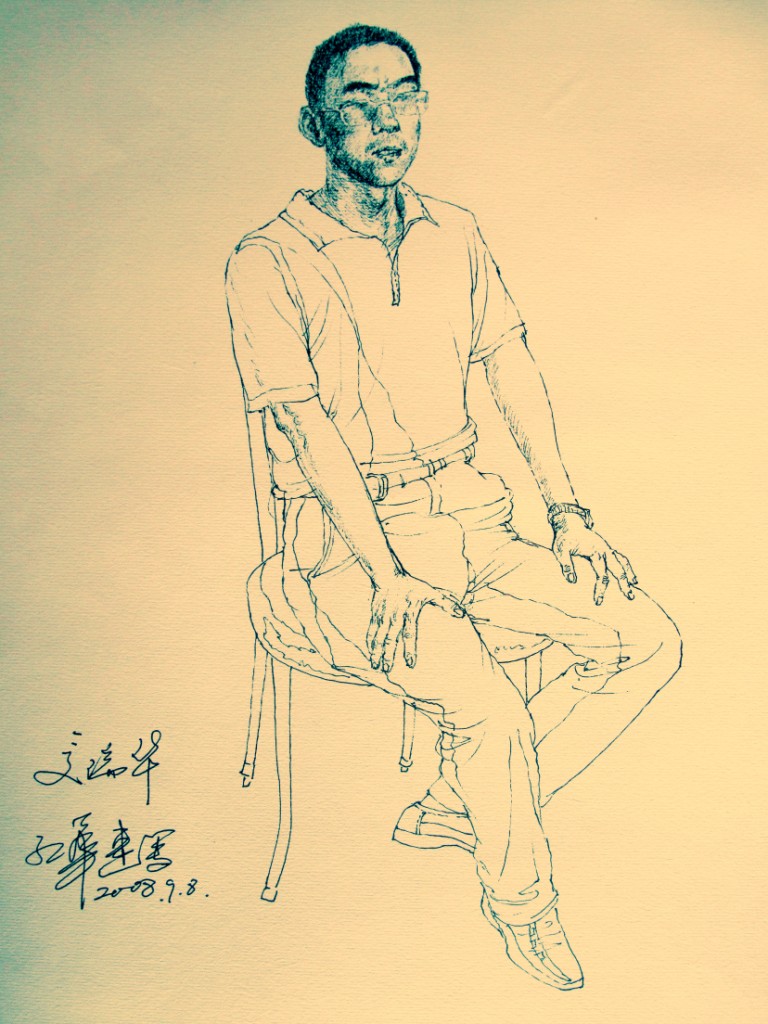
流年莫虚掷，华发不相容。